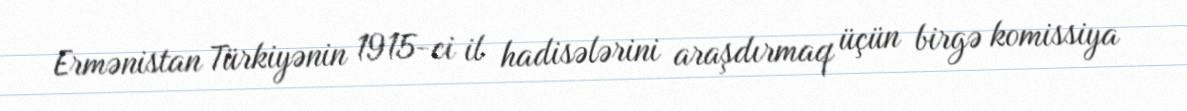
Ermənistan Türkiyənin 1915-ci il hadisələrini araşdırmaq üçün birgə komissiya